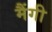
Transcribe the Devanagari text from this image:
मैंगी